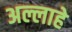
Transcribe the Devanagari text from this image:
अल्लाहे